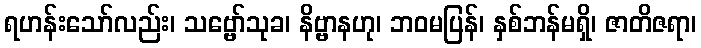
ရဟန်းသော်လည်း၊ သဗ္ဗော်သုခ၊ နိဗ္ဗာနဟု၊ ဘဝမပြန်၊ နှစ်ဘန်မရှိ၊ ဇာတိဇရာ၊